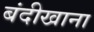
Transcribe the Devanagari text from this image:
बंदीखाना